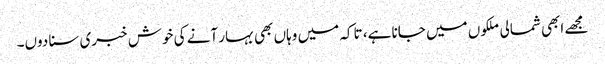
مجھے ابھی شمالی ملکوں میں جانا ہے، تاکہ میں وہاں بھی بہار آنے کی خوش خبری سنا دوں۔